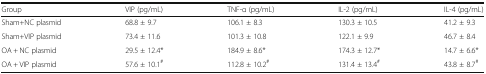
<table><thead><tr><td><b>Group</b></td><td><b>VIP (pg/mL)</b></td><td><b>TNF-α (pg/mL)</b></td><td><b>IL-2 (pg/mL)</b></td><td><b>IL-4 (pg/mL)</b></td></tr></thead><tbody><tr><td>Sham+NC plasmid</td><td>68.8 ± 9.7</td><td>106.1 ± 8.3</td><td>130.3 ± 10.5</td><td>41.2 ± 9.3</td></tr><tr><td>Sham+VIP plasmid</td><td>73.4 ± 11.6</td><td>101.3 ± 10.8</td><td>122.1 ± 9.9</td><td>46.7 ± 8.4</td></tr><tr><td>OA + NC plasmid</td><td>29.5 ± 12.4*</td><td>184.9 ± 8.6*</td><td>174.3 ± 12.7*</td><td>14.7 ± 6.6*</td></tr><tr><td>OA + VIP plasmid</td><td>57.6 ± 10.1<sup>#</sup></td><td>112.8 ± 10.2<sup>#</sup></td><td>131.4 ± 13.4<sup>#</sup></td><td>43.8 ± 8.7<sup>#</sup></td></tr></tbody></table>